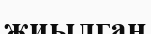
жиылган